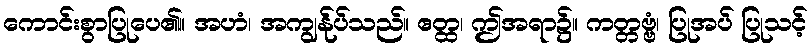
ကောင်းစွာပြုပေ၏။ အဟံ၊ အကျွန်ုပ်သည်။ ဧတ္ထ၊ ဤအရာ၌။ ကတ္တဗ္ဗံ၊ ပြုအပ် ပြုသင့်